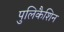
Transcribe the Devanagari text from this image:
पुलिकैशिन